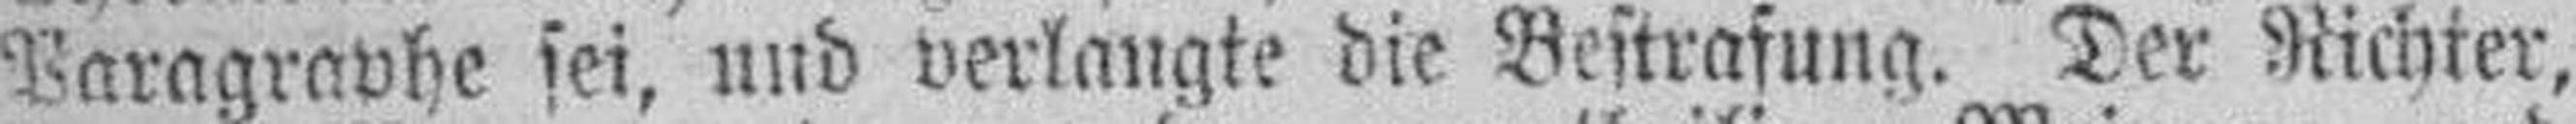
Paragraphe sei, und verlangte die Bestrafung. Der Richter,